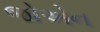
જોએન